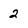
Character: 2